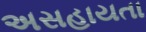
અસહાયતા